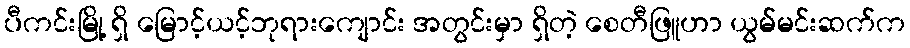
ပီကင်းမြို့ ရှိ မြောင့်ယင့်ဘုရားကျောင်း အတွင်းမှာ ရှိတဲ့ စေတီဖြူဟာ ယွမ်မင်းဆက်က